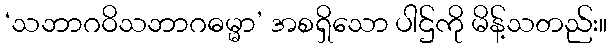
‘သဘာဂဝိသဘာဂဓမ္မာ’ အစရှိသော ပါဌ်ကို မိန့်သတည်း။